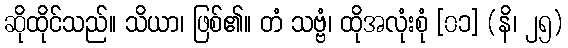
ဆိုထိုင်သည်။ သိယာ၊ ဖြစ်၏။ တံ သဗ္ဗံ၊ ထိုအလုံးစုံ [၀၁] (နိ၊ ၂၅)